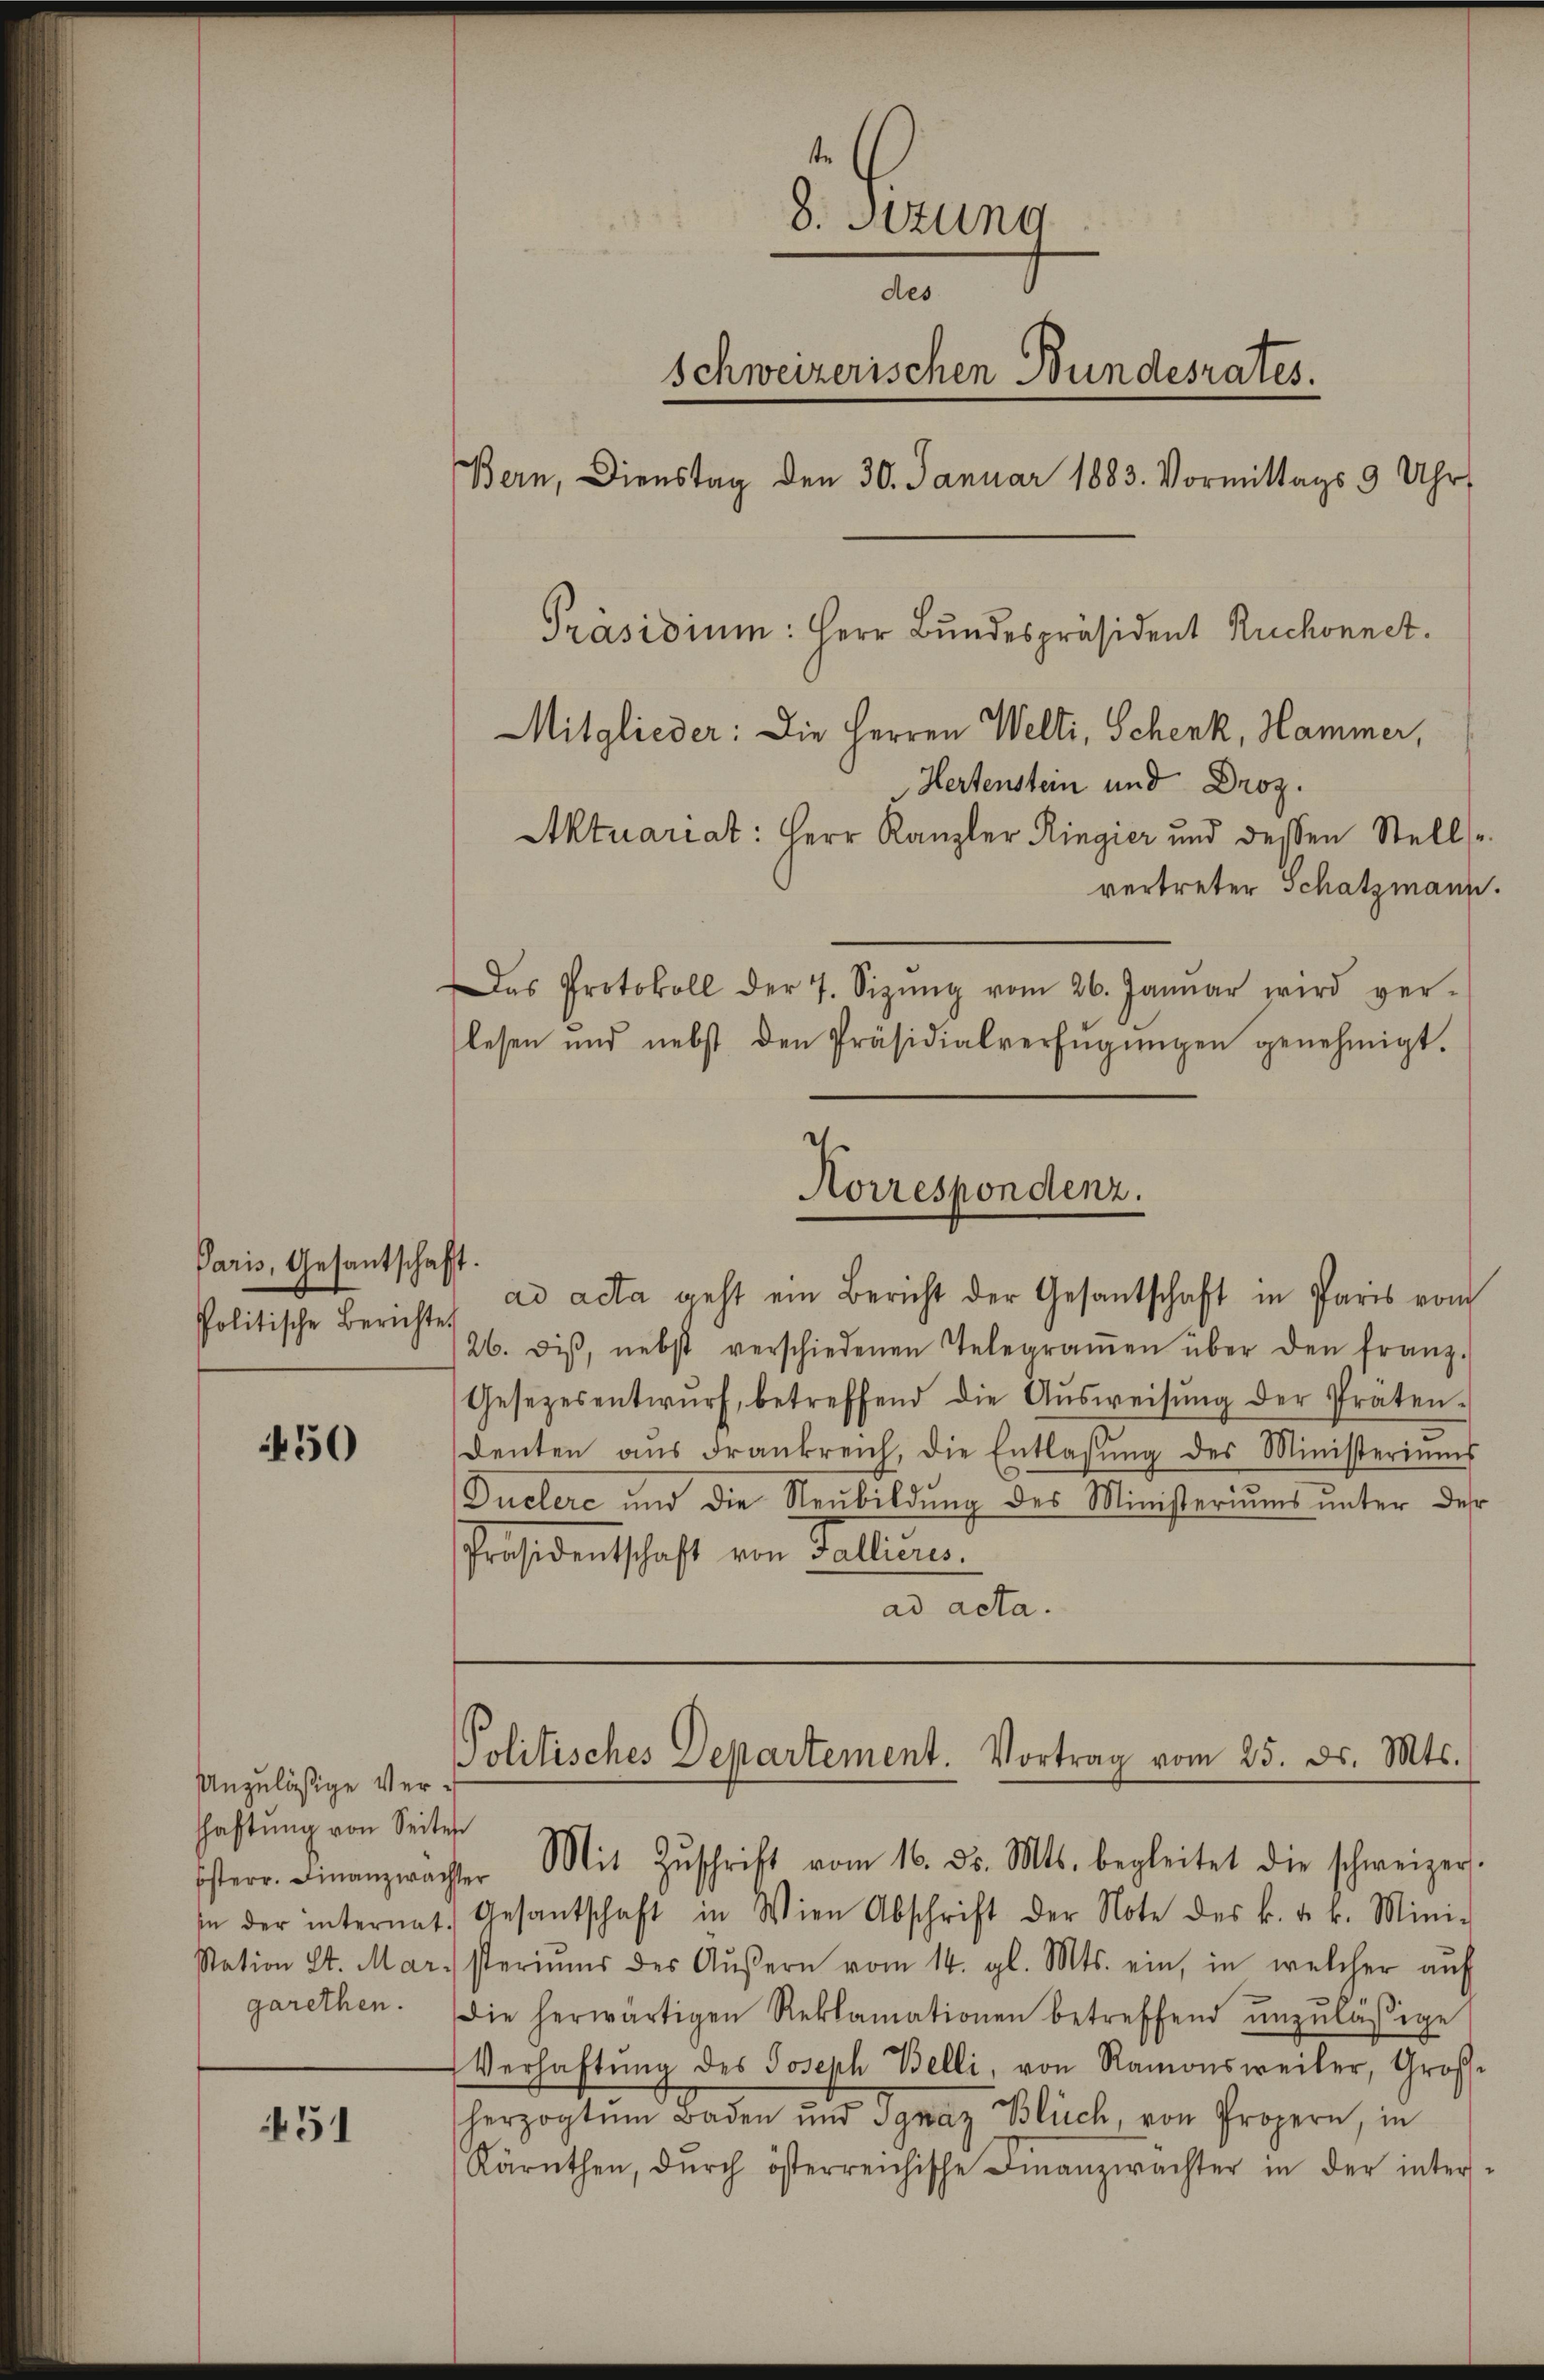
Paris, Gesantschaft.
Politische Berichte.

450

Unzuläßige Vershaftung von Seiten
Station St. Mar.

451

8. Sizung
des
Schweizerischen Bundesrates.
Bern, Dienstag den 30. Januar 1883. Vormittags 9 Uhr
Präsidium: Herr Bundespräsident Ruchonnet.
Mitglieder: Die Herren Welti, Schenk, Hammer,
Hertenstein und Droz.
Aktuariat: Herr Kanzler Ringier und dessen Stelle
vertreter Schatzmann.
Das Protokoll der 7. Sizŭng vom 26. Januar wird ver-
lesen und nebst den Präsidialverfŭgŭngen genehmigt.

/26. diβ, nebst verschiedenen Telegraṁen über den franz.
Gesetzesentwŭrf betreffend die Aŭsweisŭng der Präten-
denten aŭs Frankreich, die Entlassŭng des Ministeriums
Duclere und die Neubildung des Ministeriums unter des
Präsidentschaft von Fallieres.
ad acta.

Korrespondenz.
ad acta geht ein Bericht der Gesantschaft in Paris vom

se der internat. Gesantschaft in Wien Abschrift der Note des k. u. k. Mini-
steriums des Aŭβern vom 14. gl. Mts. ein, in welcher aŭf
garethen. Die herwärtigen Reklamationen betreffend unzulässige
Verhaftŭng des Joseph Belli, von Ramonsweiler, Große
herzogtum Baden und Jgnaz Blüch, von Propern, in
Kärnthen, dŭrch österreichische Finanzwächter in der inter-

Politisches Departement. Vortrag vom 25. ds. Mts.
Esterr. Finanzwächter Mit Zŭschrift vom 16. ds. Mts. begleitet die schweizer-